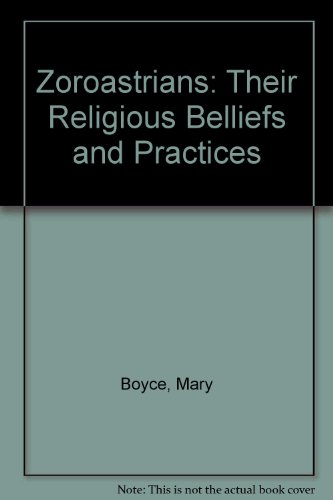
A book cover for Zoroastrians: Their Religious Beliefs and Practices (Library of Religious Beliefs and Practices); Mary Boyce; Religion & Spirituality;